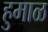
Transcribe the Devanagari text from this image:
हुमाळ